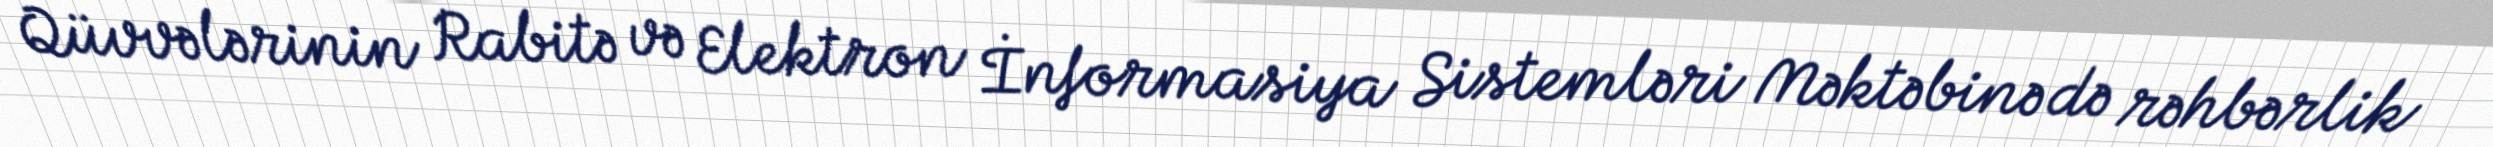
Qüvvələrinin Rabitə və Elektron İnformasiya Sistemləri Məktəbinə də rəhbərlik